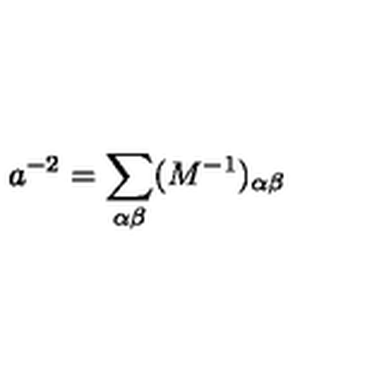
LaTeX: a ^ { - 2 } = \sum _ { \alpha \beta } ( M ^ { - 1 } ) _ { \alpha \beta }